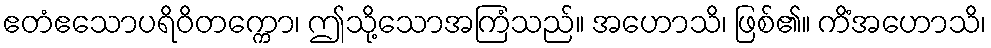
ဧတံဧသောပရိဝိတက္ကော၊ ဤသို့သောအကြံသည်။ အဟောသိ၊ ဖြစ်၏။ ကိံအဟောသိ၊